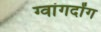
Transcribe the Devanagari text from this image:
ग्वांगदोंग